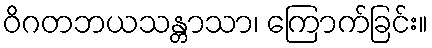
ဝိဂတဘယသန္တာသာ၊ ကြောက်ခြင်း။